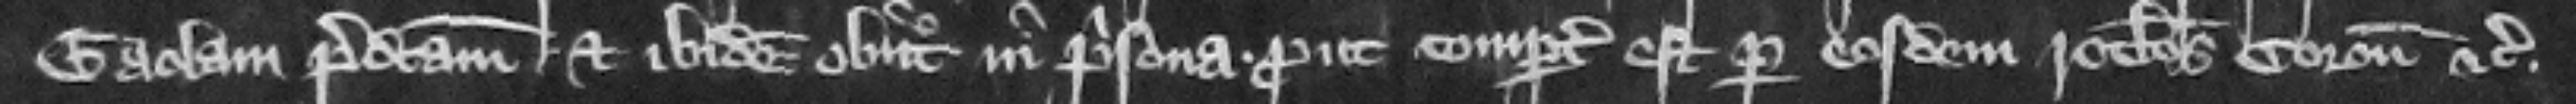
gaolam praedictam et ibidem obiit in prisona prout compertum est per eosdem rotulos coronatoris etc.